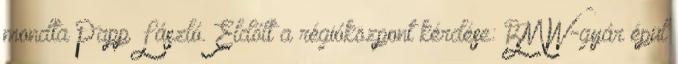
mondta Papp László. Eldőlt a régióközpont kérdése: BMW-gyár épül